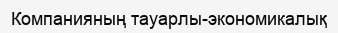
Компанияның тауарлы-экономикалық